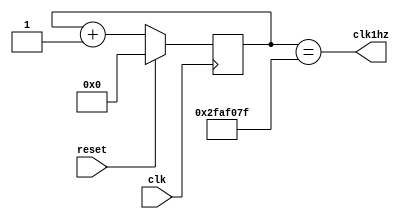
`timescale 1ns / 1ps
//////////////////////////////////////////////////////////////////////////////////
// Company: 
// Engineer: 
// 
// Design Name: 
// Module Name:    TwoHZ 
// Project Name: 
// Target Devices: 
// Tool versions: 
// Description: 
//
// Dependencies: 
//
// Revision: 
// Revision 0.01 - File Created
// Additional Comments: 
//
//////////////////////////////////////////////////////////////////////////////////
module TwoHZ(input clk, reset, output clk1hz);
reg [26:0] counter;
always @(posedge clk)
begin
if (reset)
counter <= 0;
else
counter <= counter + 1;
end
assign clk1hz = (counter == 49999999);

endmodule